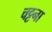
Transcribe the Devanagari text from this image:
चट्टना